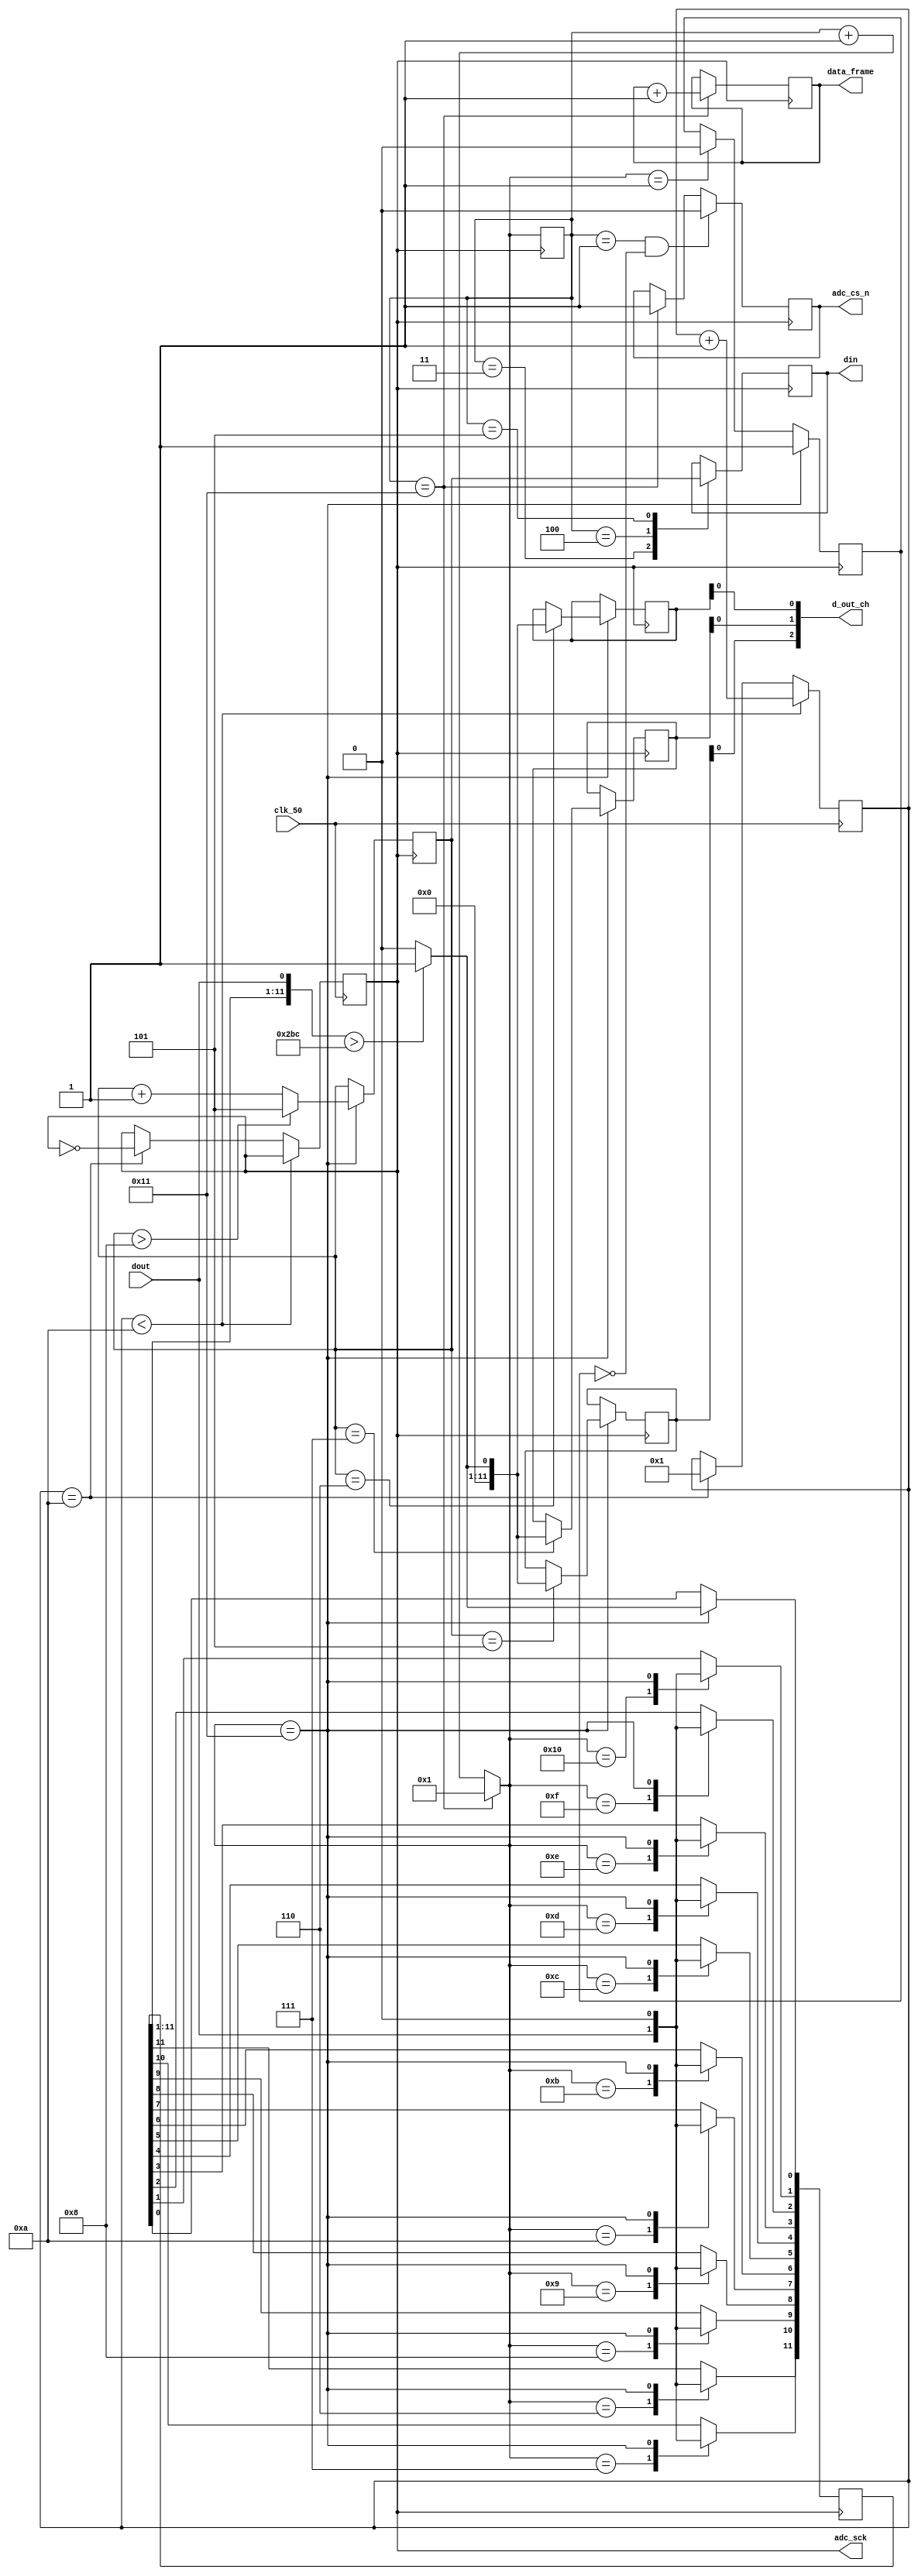
// SM : Task 2 A : ADC
/*
Instructions
-------------------
Students are not allowed to make any changes in the Module declaration.
This file is used to design ADC Controller.

Recommended Quartus Version : 19.1
The submitted project file must be 19.1 compatible as the evaluation will be done on Quartus Prime Lite 19.1.

Warning: The error due to compatibility will not be entertained.
-------------------
*/

//ADC Controller design
//Inputs  : clk_50 : 50 MHz clock, dout : digital output from ADC128S022 (serial 12-bit)
//Output  : adc_cs_n : Chip Select, din : Ch. address input to ADC128S022, adc_sck : 2.5 MHz ADC clock,
//				d_out_ch5, d_out_ch6, d_out_ch7 : 12-bit output of ch. 5,6 & 7,
//				data_frame : To represent 16-cycle frame (optional)

//////////////////DO NOT MAKE ANY CHANGES IN MODULE//////////////////
module adc_control(
	input  clk_50,				//50 MHz clock
	input  dout,				//digital output from ADC128S022 (serial 12-bit)
	output adc_cs_n,			//ADC128S022 Chip Select
	output din,					//Ch. address input to ADC128S022 (serial)
	output adc_sck,			//2.5 MHz ADC clock
	output [2:0]d_out_ch,	//12-bit output of ch. 7 (parallel)
	output [1:0]data_frame	//To represent 16-cycle frame (optional)
);
	
////////////////////////WRITE YOUR CODE FROM HERE////////////////////
//assign variable
	reg [3:0] count; //counter for clock scaling
	reg [5:0] n;  //value of n in our case n=20(50/2.5)
	reg r_adc_sck;
	reg [11:0]r_d_out_ch5 =0;
	reg [11:0]r_d_out_ch6 =0;
	reg [11:0]r_d_out_ch7 =0;
	reg [11:0] r_data_temp;
	reg [4:0] sclk_counter = 1;
	reg r_din = 0 ;
	reg [1:0]r_adc_cs_n = 1;
	reg [2:0] current_ch = 5; // the channel address for conversion ------using 2 channel for this code.
	reg [1:0]r_data_frame = 2'b00;
	
	
	assign adc_sck = r_adc_sck;
	assign adc_cs_n = r_adc_cs_n ;
	assign din = r_din ;
	assign d_out_ch[0] = r_d_out_ch5;
	assign d_out_ch[1] = r_d_out_ch6;
	assign d_out_ch[2] = r_d_out_ch7;
	assign data_frame = r_data_frame;
	
	//clock scaling
	initial
	begin 
		count = 1;
		n = 20;
		r_adc_sck =0;
	end
	
	 
 //clock scaling
always@(posedge clk_50)
	begin 
		if (count < (n/2))
		 begin
			count = count +1;
		end
		else if (count ==(n/2))
		 begin 
			count =1;
			r_adc_sck = ~r_adc_sck;
		end
	end
	
// sclk counter-------------------------- -------------------------------------------------------------------------------------------------------
	always @ (posedge adc_sck)
	begin
	
		
			//sclk counter--------------------------------------------------------------
			if(sclk_counter == 17)
			begin
				sclk_counter = 0 ;
				sclk_counter = sclk_counter + 1;
			end
			else
			begin
				sclk_counter = sclk_counter + 1;
			end
			
			//to control chip select----------------------------------------------------------
			if(sclk_counter == 17) 
			begin
				r_adc_cs_n[1] = 1;
			end
			
			else if(sclk_counter == 1 ) 
			begin
				r_adc_cs_n[1] = 0;
			end
			
			case(sclk_counter)
			
			
			// to get data from ADC-------------------------------------------------
			6: 
			begin
				r_data_temp[11] = dout;
			end
		
			7: r_data_temp[10] = dout;
			
			8: r_data_temp[9] = dout;
			
			9: r_data_temp[8] = dout;
			
			10: r_data_temp[7] = dout;
			
			11: r_data_temp[6] = dout;
		
			12: r_data_temp[5] = dout;
			
			13: r_data_temp[4] = dout;
			
			14: r_data_temp[3] = dout;
			
			15: r_data_temp[2] = dout;
			
			16: r_data_temp[1] = dout;
		
			17:	 
			begin 
				r_data_temp[0] = dout;
				
				r_data_temp = r_data_temp > 700 ? 1:0 ;
				
				case(current_ch) // this to send outut to correct output channel pin
			
				5: r_d_out_ch7 <= r_data_temp;
				
				6: r_d_out_ch5 <= r_data_temp;
			
				7: r_d_out_ch6 <= r_data_temp;
			
				endcase
				
				if(current_ch > 8)
				begin
					current_ch = 5;
				end
				
				else
				begin
					current_ch = current_ch + 1;
				end
			end
			endcase
			
	end
	
	
	
	//din output------------------------------------------------------------------------------------------------------------
	always @ (negedge adc_sck)
	begin
				
		   if (sclk_counter == 17)
			begin
				r_data_frame = r_data_frame +1;
			end
					
			// to control chip select----------------------------------------------------------
			if(sclk_counter ==1 & r_adc_cs_n[1] == 0)
			begin
				r_adc_cs_n[0] = 0;
			end
		
			else if(sclk_counter == 17)
			begin
				r_adc_cs_n[0] = 1;
			end
			
			// to give DIN to ADC---------------------------------------------------------------
			case(sclk_counter)
			3: 
			begin 
				r_din = current_ch[2];
			end
		
			4:
			begin
				r_din = current_ch[1];
			end
		
			5: 
			begin 
				r_din = current_ch[0];
			end

			endcase
			
	end

	
////////////////////////YOUR CODE ENDS HERE//////////////////////////
endmodule
///////////////////////////////MODULE ENDS///////////////////////////